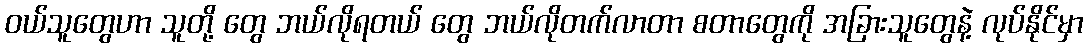
ဝယ်သူတွေဟာ သူတို့ တွေ ဘယ်လိုရတယ် တွေ ဘယ်လိုတက်လာတာ စတာတွေကို အခြားသူတွေနဲ့ လုပ်နိုင်မှာ